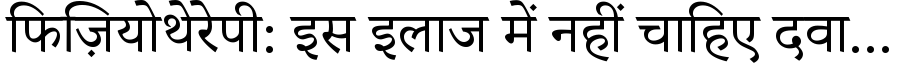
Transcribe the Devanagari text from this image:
फिज़ियोथेरेपी: इस इलाज में नहीं चाहिए दवा...